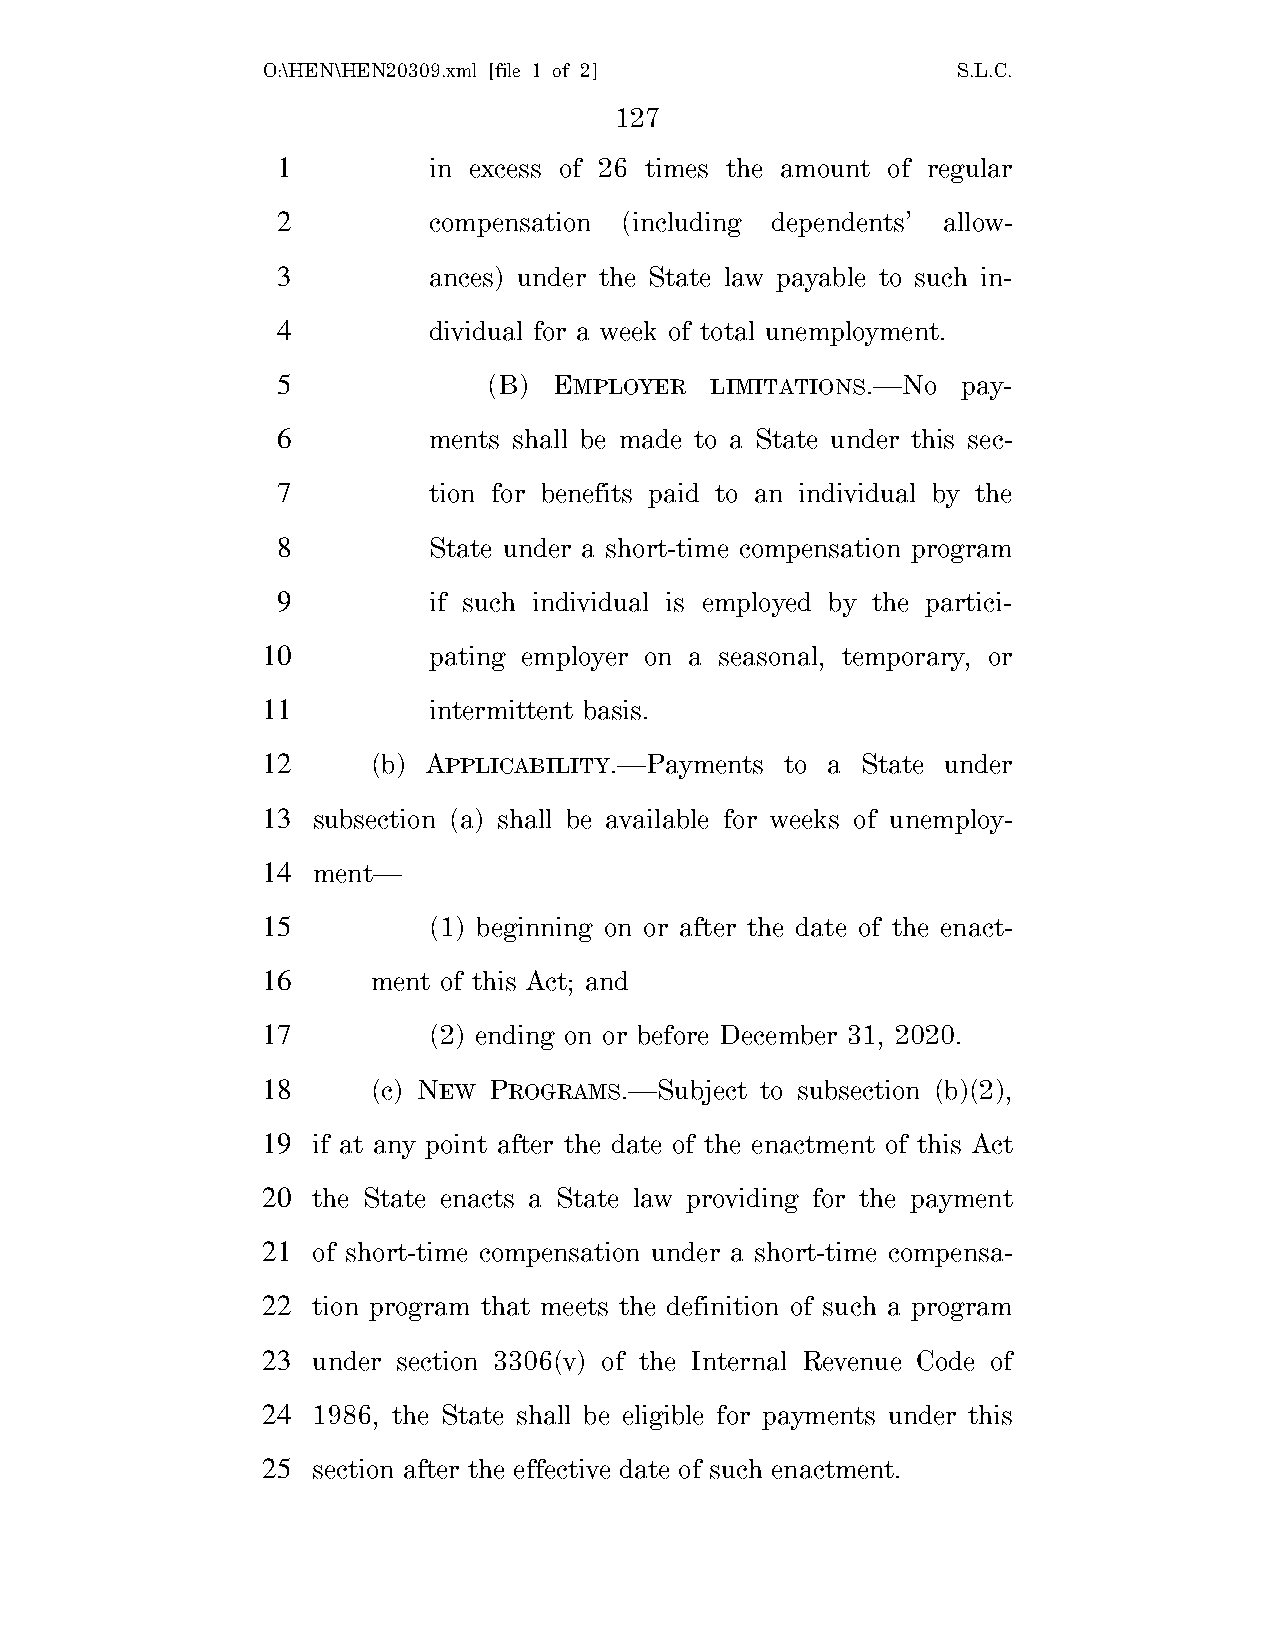
O:\HEN\HEN20309.xml [file 1 of 2]             S.L.C.
 127
 1         in excess of 26 times the amount of regular
 2         compensation (including dependents’ allow-
 3         ances) under the State law payable to such in-
 4         dividual for a week of total unemployment.
 5             (B)  EMPLOYER  LIMITATIONS.—No  pay-
 6         ments shall be made to a State under this sec-
 7         tion for benefits paid to an individual by the
 8         State under a short-time compensation program
 9         if such individual is employed by the partici-
 10         pating employer on a seasonal, temporary, or
 11         intermittent basis.
 12      (b) APPLICABILITY.—Payments to a State under
 13  subsection (a) shall be available for weeks of unemploy-
 14  ment—
 15         (1) beginning on or after the date of the enact-
 16      ment of this Act; and
 17         (2) ending on or before December 31, 2020.
 18      (c) NEW PROGRAMS.—Subject to subsection (b)(2),
 19  if at any point after the date of the enactment of this Act
 20  the State enacts a State law providing for the payment
 21  of short-time compensation under a short-time compensa-
 22  tion program that meets the definition of such a program
 23  under section 3306(v) of the Internal Revenue Code of
 24  1986, the State shall be eligible for payments under this
 25  section after the effective date of such enactment.